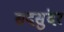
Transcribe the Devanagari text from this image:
सदसुंदर